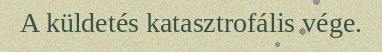
A küldetés katasztrofális vége.